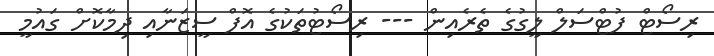
ރިސޯޓް ފުޓްސަލް ލީގުގެ ތެރެއިން --- ރިސޯޓުތަކުގެ އޮފް ސީޒަނާއި ދިމާކޮށް ގައުމީ